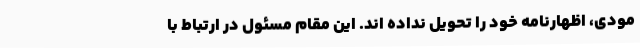
مودی، اظهارنامه خود را تحویل نداده اند. این مقام مسئول در ارتباط با